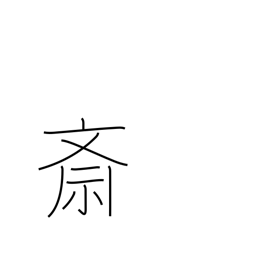
Meaning: Buddhist food